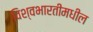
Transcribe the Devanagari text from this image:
विश्वभारतीमधील